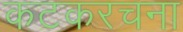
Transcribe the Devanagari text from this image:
कटकरचना